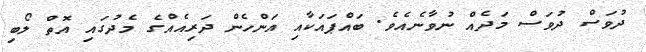
ދުވަސް ދުވަސް މަދެއް ނުވާނެއެވެ. ބައްޕައަކާއި އަންހެން ދަރިއެއްގެ މެދުގައި އޮތް ލޯބި